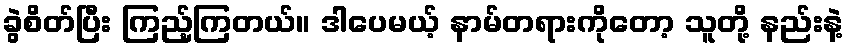
ခွဲစိတ်ပြီး ကြည့်ကြတယ်။ ဒါပေမယ့် နာမ်တရားကိုတော့ သူတို့ နည်းနဲ့